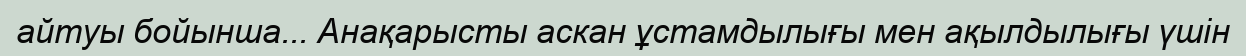
айтуы бойынша... Анақарысты аскан ұстамдылығы мен ақылдылығы үшін